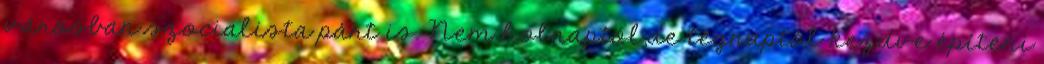
városban szocialista párt is. Nem holnaptól,de tegnaptól kezdve építeni